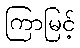
ကြာမြင့်